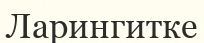
Ларингитке